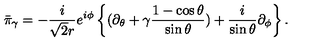
\bar { \pi } _ { \gamma } = - \frac { i } { \sqrt { 2 } r } e ^ { i \phi } \left\{ ( \partial _ { \theta } + \gamma \frac { 1 - \cos \theta } { \sin \theta } ) + \frac { i } { \sin \theta } \partial _ { \phi } \right\} .